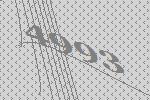
4993